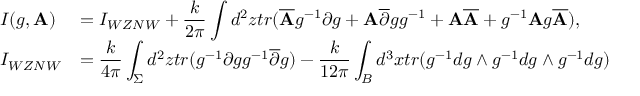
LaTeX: \begin{array} { l l } { { I ( g , { \bf A ) } } } & { { { \displaystyle = I _ { W Z N W } + \frac { k } { 2 \pi } \int d ^ { 2 } z t r ( \overline { { { \bf A } } } g ^ { - 1 } \partial g + { \bf A } \overline { { { \partial } } } g g ^ { - 1 } + { \bf A } \overline { { { \bf A } } } + g ^ { - 1 } { \bf A } g \overline { { { \bf A } } } ) , } } } \\ { { I _ { W Z N W } } } & { { { \displaystyle = \frac { k } { 4 \pi } \int _ { \Sigma } d ^ { 2 } z t r ( g ^ { - 1 } \partial g g ^ { - 1 } \overline { { { \partial } } } g ) - \frac { k } { 1 2 \pi } \int _ { B } d ^ { 3 } x t r ( g ^ { - 1 } d g \wedge g ^ { - 1 } d g \wedge g ^ { - 1 } d g ) } } } \end{array}